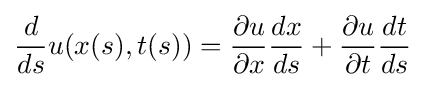
{\frac {d}{ds}}u(x(s),t(s))={\frac {\partial u}{\partial x}}{\frac {dx}{ds}}+{\frac {\partial u}{\partial t}}{\frac {dt}{ds}}